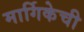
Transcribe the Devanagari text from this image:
मार्गिकेची